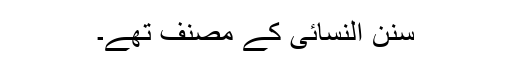
سنن النسائی کے مصنف تھے۔